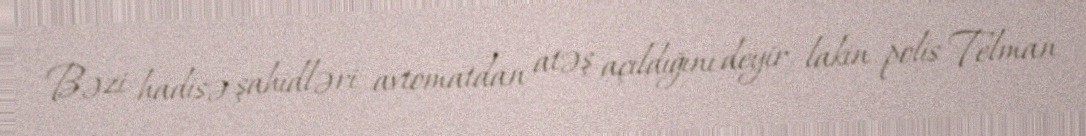
Bəzi hadisə şahidləri avtomatdan atəş açıldığını deyir, lakin polis Telman